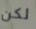
لكن